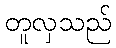
တူလှသည်